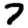
Digit: 7